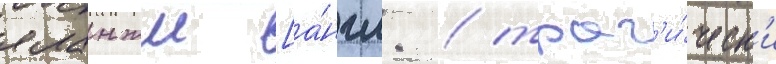
яланжи [а́нгл. / траг'и́ческ'и